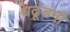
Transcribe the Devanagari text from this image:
धढूंडनी